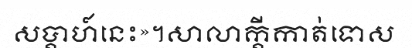
សប្តាហ៍នេះ»។សាលាក្តីកាត់ទោស